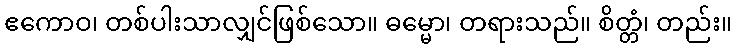
ဧကောဝ၊ တစ်ပါးသာလျှင်ဖြစ်သော။ ဓမ္မော၊ တရားသည်။ စိတ္တံ၊ တည်း။